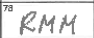
Transcription: RMM